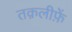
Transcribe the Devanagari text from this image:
तक़लीफ़ें